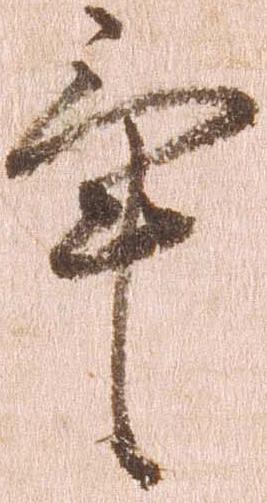
畢